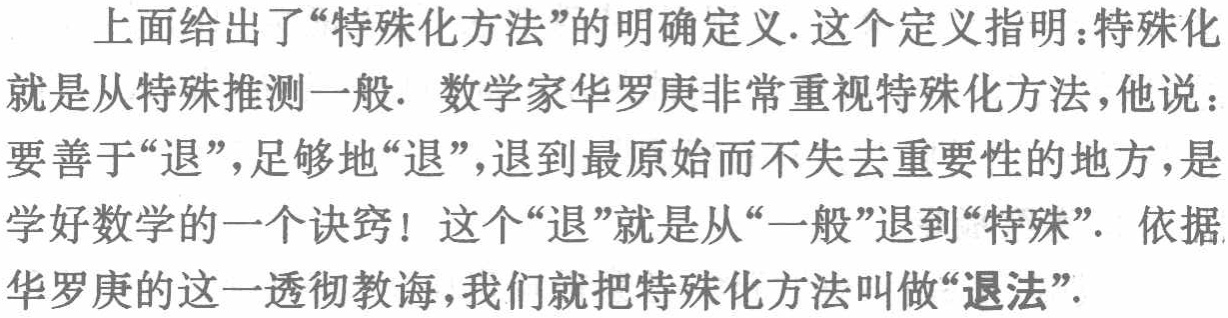
上面给出了“特殊化方法”的明确定义. 这个定义指明：特殊化就是从特殊推测一般. 数学家华罗庚非常重视特殊化方法，他说：要善于“退”，足够地“退”，退到最原始而不失去重要性的地方，是学好数学的一个诀窍！这个“退”就是从“一般”退到“特殊”. 依据华罗庚的这一透彻教诲，我们就把特殊化方法叫做“退法”.